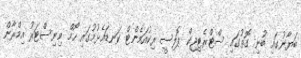
ބަޔާނުގައި ބުނި ގޮތުގައި ސްޓްރެޓިޖިކް ޕޮލިސީ ރިކުއަމެންޓް ކަނޑައެޅުމުގައި ހޯމް މިނިސްޓަރު އިމްރާން